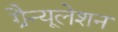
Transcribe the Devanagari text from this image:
ग्रैन्यूलेशन